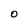
Character: O